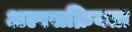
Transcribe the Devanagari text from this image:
अल्पसक्रियता